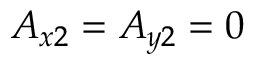
A _ { x 2 } = A _ { y 2 } = 0